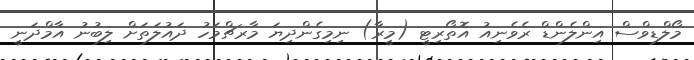
މޯލްޑިވްސް އިންލެންޑް ރެވެނިއު އޮތޯރިޓީ (މީރާ) ނިމިގެންދިޔަ މާރޗްމަހު ދައުލަތަށް ލިބުނު އާމްދަނީ